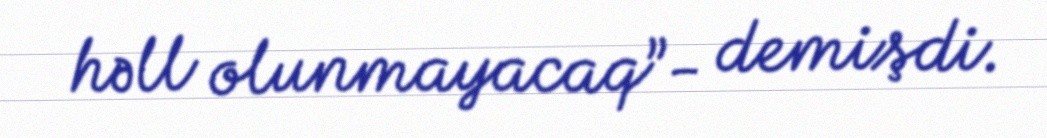
həll olunmayacaq”- demişdi.